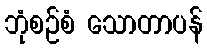
ဘုံစဉ်စံ သောတာပန်